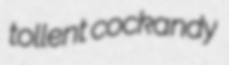
tollent cockandy